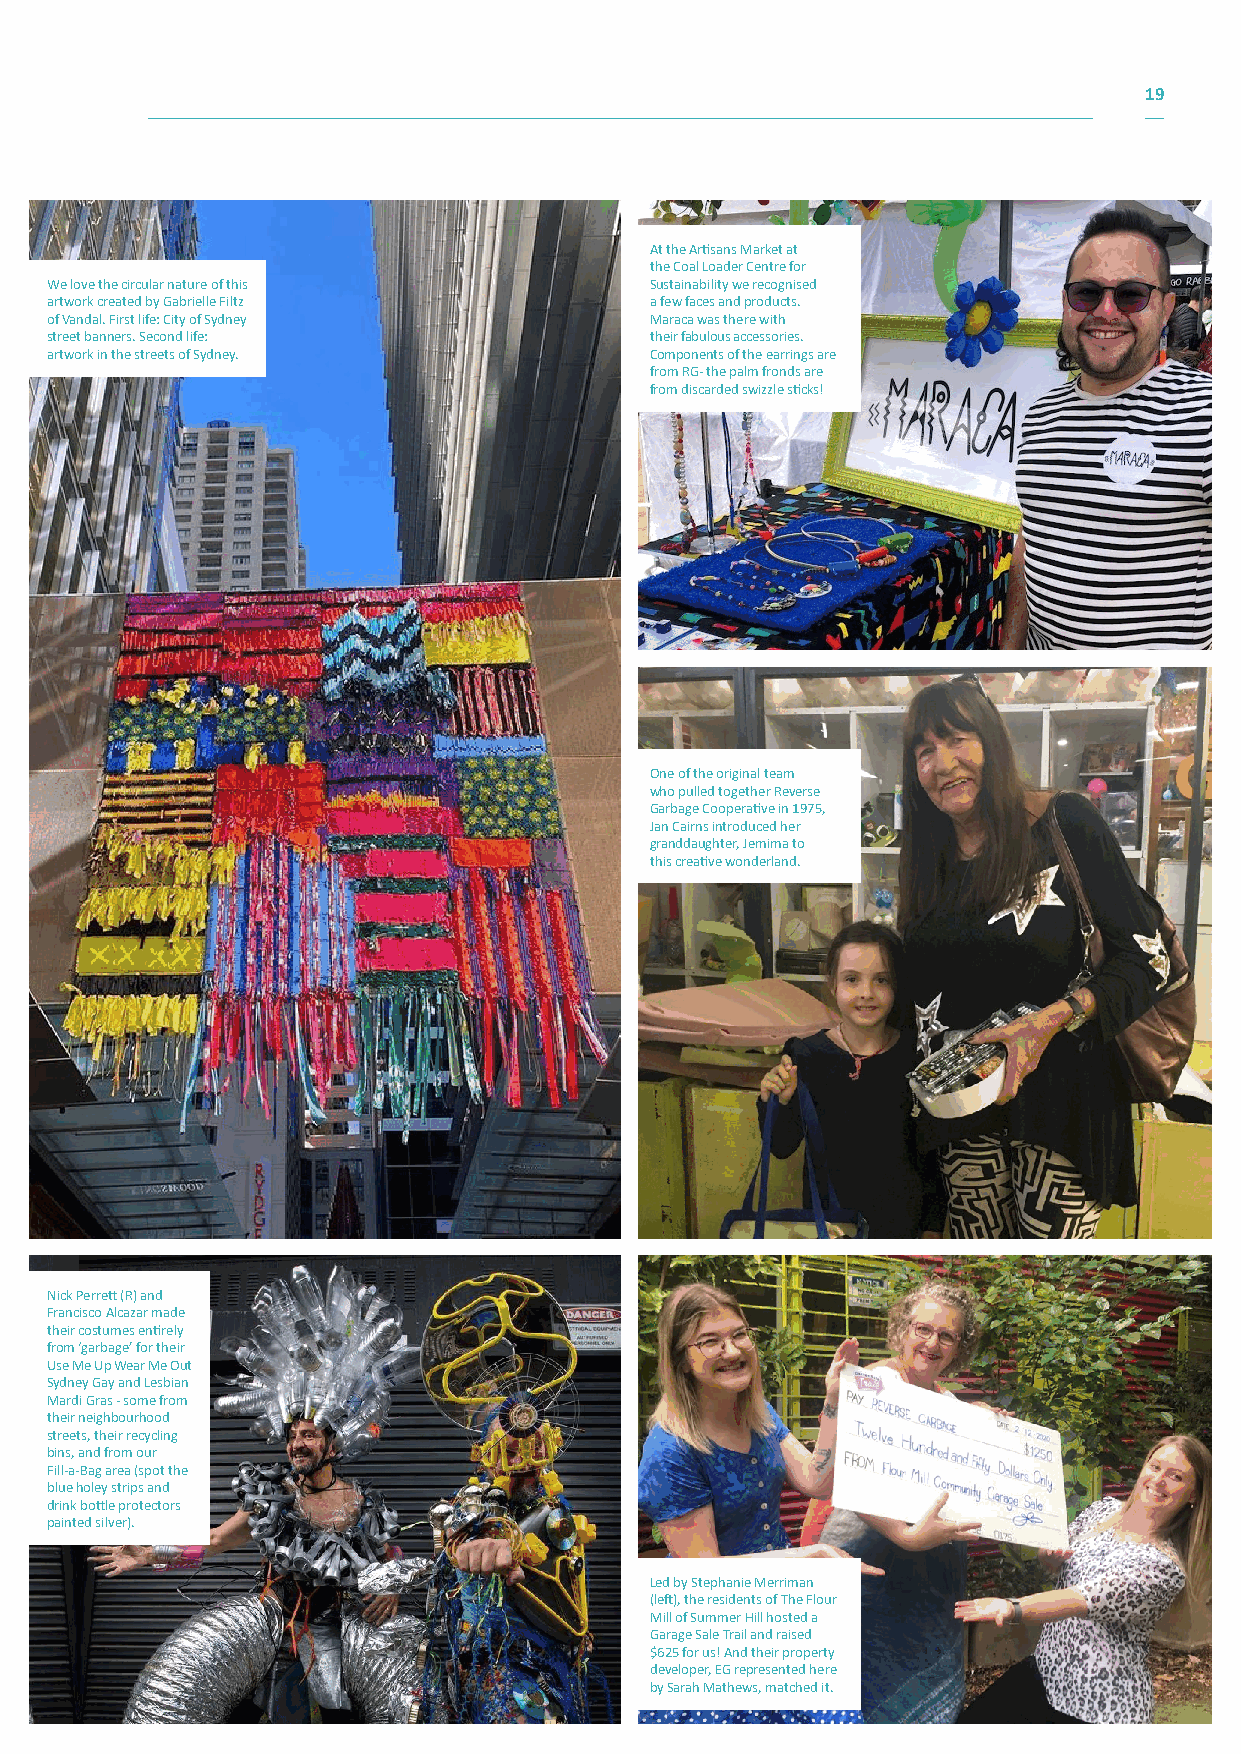
19
 At the Artisans Market at
 the Coal Loader Centre for
 We love the circular nature of this     Sustainability we recognised
 artwork created by Gabrielle Filtz      a few faces and products.
 of Vandal. First life: City of Sydney   Maraca was there with
 street banners. Second life:            their fabulous accessories.
 artwork in the streets of Sydney.       Components of the earrings are
 from RG- the palm fronds are
 from discarded swizzle sticks!
 One of the original team
 who pulled together Reverse
 Garbage Cooperative in 1975,
 Jan Cairns introduced her
 granddaughter, Jemima to
 this creative wonderland.
 Nick Perrett (R) and
 Francisco Alcazar made
 their costumes entirely
 from ‘garbage’ for their
 Use Me Up Wear Me Out
 Sydney Gay and Lesbian
 Mardi Gras - some from
 their neighbourhood
 streets, their recycling
 bins, and from our
 Fill-a-Bag area (spot the
 blue holey strips and
 drink bottle protectors
 painted silver).
 Led by Stephanie Merriman
 (left), the residents of The Flour
 Mill of Summer Hill hosted a
 Garage Sale Trail and raised
 $625 for us! And their property
 developer, EG represented here
 by Sarah Mathews, matched it.